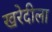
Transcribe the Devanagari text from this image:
खरेदीला